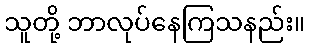
သူတို့ ဘာလုပ်နေကြသနည်း။